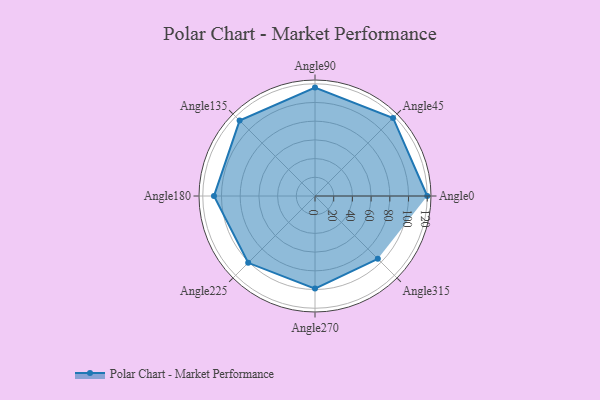
{"axis": {"x": "Angle", "y": "Radius"}, "legend": [""], "data": [{"x": "Angle0", "y": 120.0, "type": ""}, {"x": "Angle45", "y": 118.0, "type": ""}, {"x": "Angle90", "y": 116.0, "type": ""}, {"x": "Angle135", "y": 114.0, "type": ""}, {"x": "Angle180", "y": 108.0, "type": ""}, {"x": "Angle225", "y": 101.0, "type": ""}, {"x": "Angle270", "y": 99.0, "type": ""}, {"x": "Angle315", "y": 95.0, "type": ""}]}